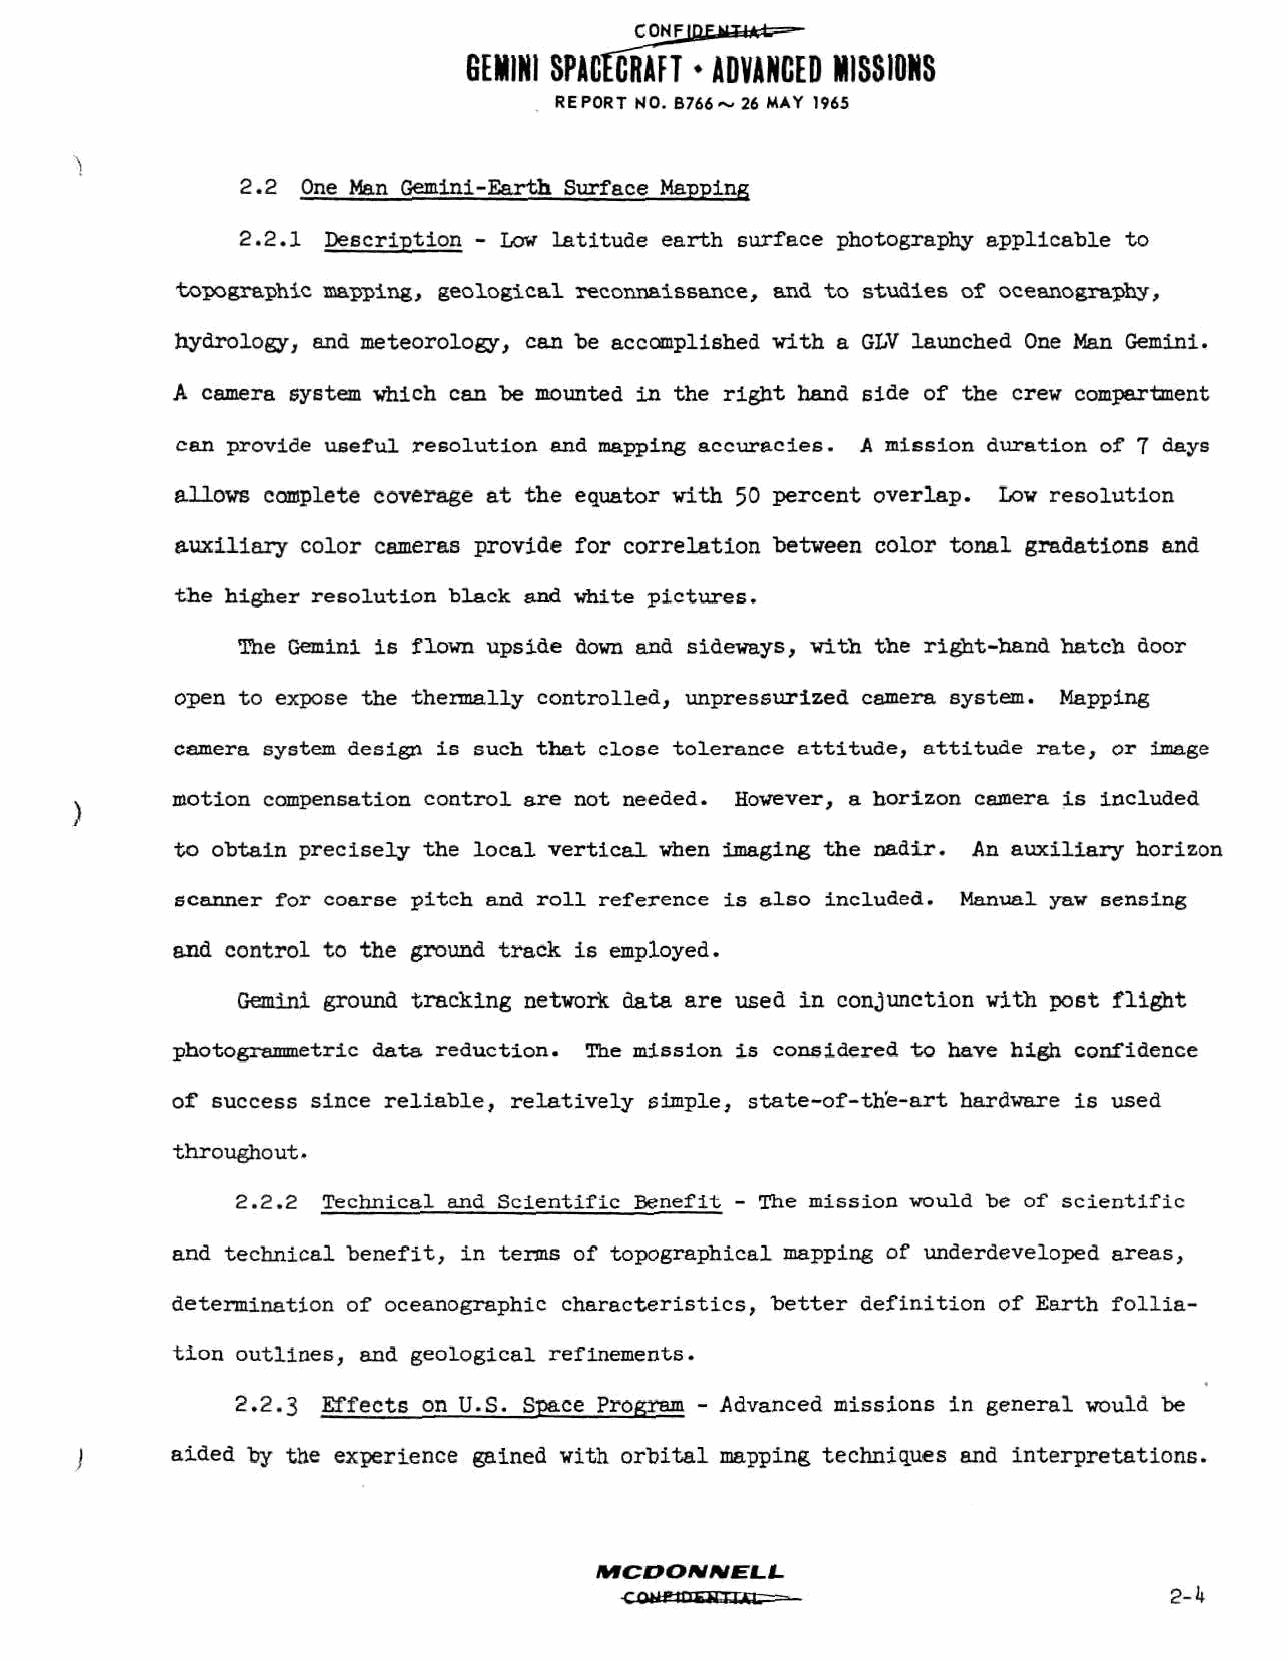
GEMINI SPACECRATTADVANCED MISSIONS
 REPORT NO. B766~ 26 MAY 1965
 2.2 One Man Gemini-Earth Surface Mapping
 2.2.1 Description - Low latitude earth surface photography applicable to
 topographic mapping, geological reconnaissance, and to studies of oceanography,
 hydrology, and meteorology, can be accomplished with a GLV launched One Man Gemini.
 A camera system vhich can be mounted in the right hand side of the crew compartment
 can provide useful resolution and mapping accuracies. A mission duration of 7 days
 allows complete coverage at the equator with 50 percent overlap. Low resolution
 auxiliary color cameras provide for correlation between color tonal gradations and
 the higher resolution black and white pictures.
 The Gemini is flown upside down and sideways, with the right-hand hatch door
 open to expose the thermally controlled, unpressurized camera system. Mapping
 camera system design is such that close tolerance attitude, attitude rate, or image
 motion compensation control are not needed. However, a horizon camera is included
 to obtain precisely the local vertical when imaging the nadir. An auxiliary horizon
 scanner for coarse pitch and roll reference is also included. Manual yaw sensing
 and control to the ground track is employed.
 Gemini ground tracking network data are used in conjunction with post flight
 photogrammetric data reduction. The mission is considered to have high confidence
 of success since reliable, relatively simple, state-of-the-art hardware is used
 throughout.
 2.2.2 Technical and Scientific Benefit - The mission would be of scientific
 and technical benefit, in terms of topographical mapping of underdeveloped areas,
 determination of oceanographic characteristics, better definition of Earth follia-
 tion outlines, and geological refinements.
 2.2.3 Effects on U.S. Space Program - Advanced missions in general would be
 aided by the experience gained with orbital mapping techniques and interpretations.
 MCDONNELL.